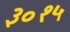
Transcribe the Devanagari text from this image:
३०१५